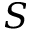
S